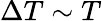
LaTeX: \Delta T\sim T